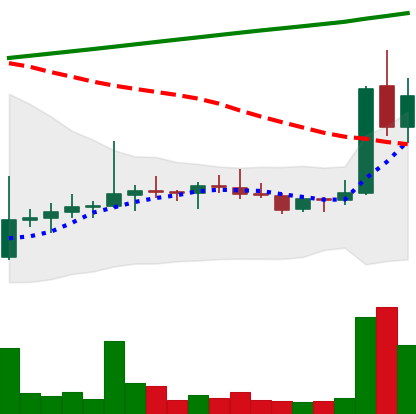
Ticker: DOGE-USD
Chart end date: 2021-08-09
Forward return: 14.097%
Label: up_7plus